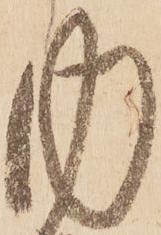
内